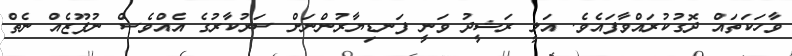
ވާހަކަތައް ދޮގުކުރައްވާފައެވެ. އަލީ ރަޝީދު ވަނީ ފަނޑިޔާރުންނަށް ސަރުކާރުގެ އެއްވެސް ނުފޫޒެއް ނެތް